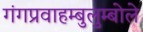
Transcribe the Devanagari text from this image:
गंगप्रवाहम्बुलुम्बोले